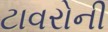
ટાવરોની